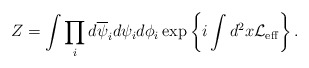
\begin{align*}Z = \int \prod_i d\overline{\psi}_i d\psi_i d\phi_i \exp\left\{i\int d^2x {\cal L}_{\rm eff}\right\}.\end{align*}